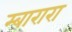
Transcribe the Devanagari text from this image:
म्बारारा